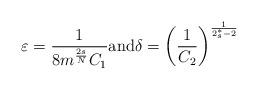
LaTeX: \begin{gather*} \varepsilon = \frac{1}{8m^{\frac{2s}{N}}C_1} \hbox{and} \delta=\left( \frac{1}{C_2} \right)^{\frac{1}{2^*_s-2}}\end{gather*}